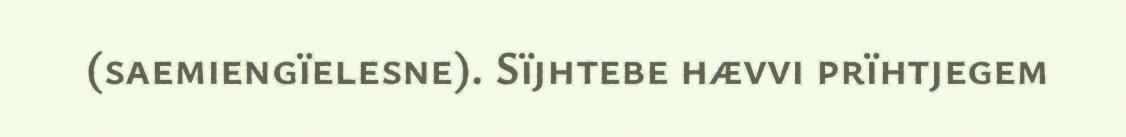
(saemiengïelesne). Sïjhtebe hævvi prïhtjegem